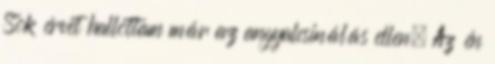
Sok érvet hallottam már az angyalcsinálás ellen. Az én